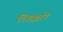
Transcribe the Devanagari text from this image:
धिक्कारे